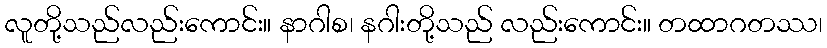
လူတို့သည်လည်းကောင်း။ နာဂါစ၊ နဂါးတို့သည် လည်းကောင်း။ တထာဂတဿ၊